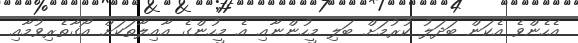
އެހެންވެ އެކަން ބަދަލު ކުރުމަށް ބަލި މީހުންނާއި އެ މީހުންގެ އާއިލާތަކަށް އޯގާތެރިވުމާއި